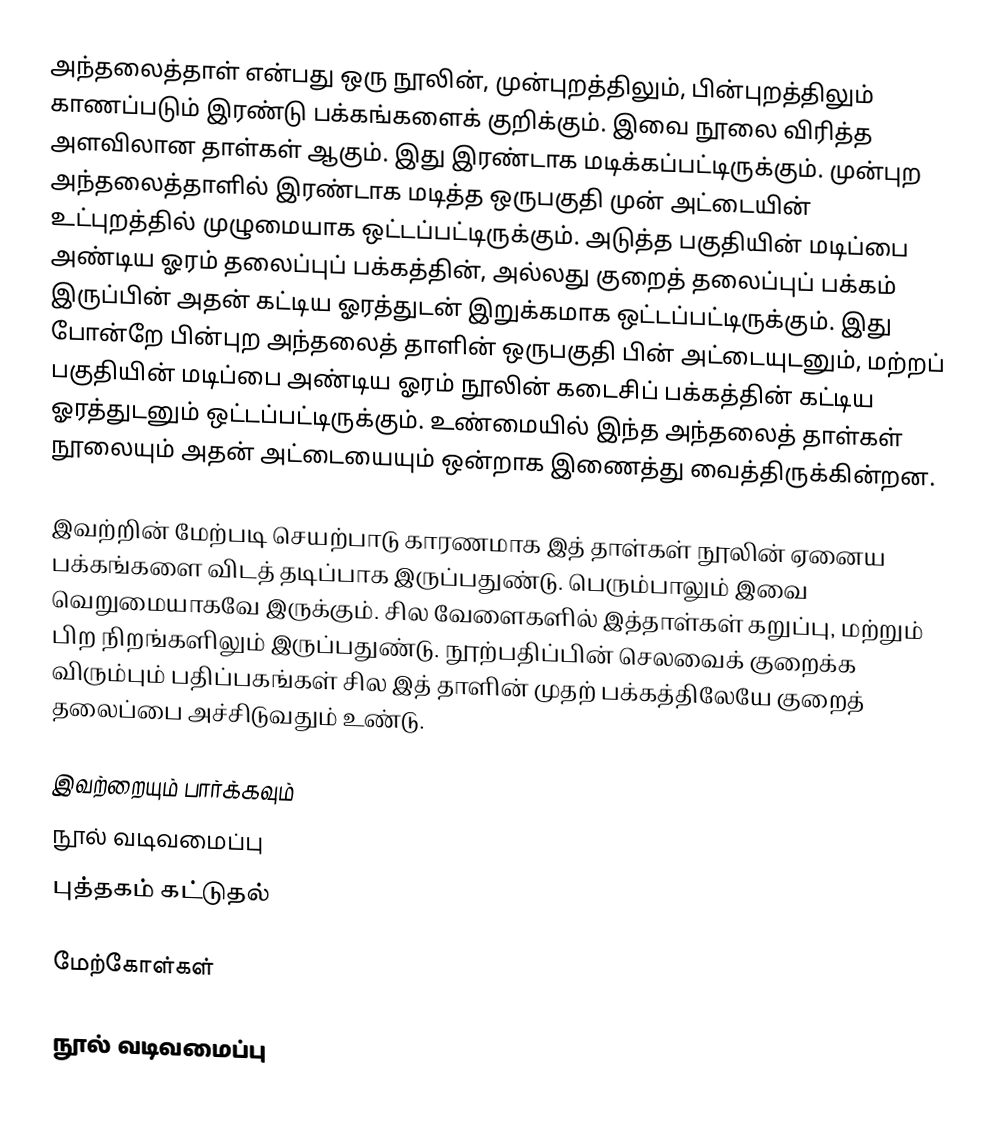
அந்தலைத்தாள் என்பது ஒரு நூலின், முன்புறத்திலும், பின்புறத்திலும் காணப்படும் இரண்டு பக்கங்களைக் குறிக்கும். இவை நூலை விரித்த அளவிலான தாள்கள் ஆகும். இது இரண்டாக மடிக்கப்பட்டிருக்கும். முன்புற அந்தலைத்தாளில் இரண்டாக மடித்த ஒருபகுதி முன் அட்டையின் உட்புறத்தில் முழுமையாக ஒட்டப்பட்டிருக்கும். அடுத்த பகுதியின் மடிப்பை அண்டிய ஓரம் தலைப்புப் பக்கத்தின், அல்லது குறைத் தலைப்புப் பக்கம் இருப்பின் அதன் கட்டிய ஓரத்துடன் இறுக்கமாக ஒட்டப்பட்டிருக்கும். இது போன்றே பின்புற அந்தலைத் தாளின் ஒருபகுதி பின் அட்டையுடனும், மற்றப் பகுதியின் மடிப்பை அண்டிய ஓரம் நூலின் கடைசிப் பக்கத்தின் கட்டிய ஓரத்துடனும் ஒட்டப்பட்டிருக்கும். உண்மையில் இந்த அந்தலைத் தாள்கள் நூலையும் அதன் அட்டையையும் ஒன்றாக இணைத்து வைத்திருக்கின்றன.

இவற்றின் மேற்படி செயற்பாடு காரணமாக இத் தாள்கள் நூலின் ஏனைய பக்கங்களை விடத் தடிப்பாக இருப்பதுண்டு. பெரும்பாலும் இவை வெறுமையாகவே இருக்கும். சில வேளைகளில் இத்தாள்கள் கறுப்பு, மற்றும் பிற நிறங்களிலும் இருப்பதுண்டு. நூற்பதிப்பின் செலவைக் குறைக்க விரும்பும் பதிப்பகங்கள் சில இத் தாளின் முதற் பக்கத்திலேயே குறைத் தலைப்பை அச்சிடுவதும் உண்டு.

இவற்றையும் பார்க்கவும்
 நூல் வடிவமைப்பு
 புத்தகம் கட்டுதல்

மேற்கோள்கள்

நூல் வடிவமைப்பு